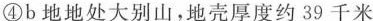
④b地地处大别山，地壳厚度约39千米